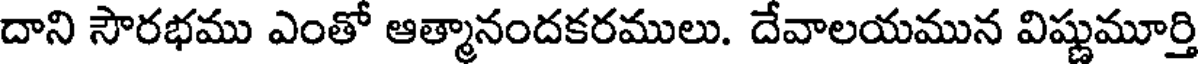
దాని సౌరభము ఎంతో ఆత్మానందకరములు. దేవాలయమున విష్ణుమూర్తి